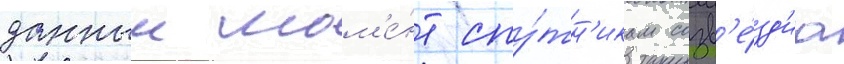
данныи мом'е́нт спу́тн'икам созв'е́зд'иа